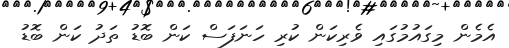
އެމެން މިގައުމުގައި ވެރިކަން ކުރި ހަނަފަސް ކަން ބޮޑު ތަދު ކަން ބޮޑު